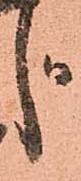
じ